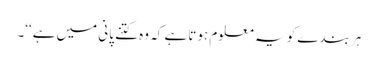
ہر بندے کو یہ معلوم ہوتا ہے کہ وہ کتنے پانی میں ہے‘‘۔